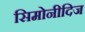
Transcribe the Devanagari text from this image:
सिमोनीदिज